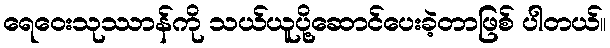
ရေဝေးသုဿာန်ကို သယ်ယူပို့ဆောင်ပေးခဲ့တာဖြစ် ပါတယ်။